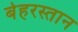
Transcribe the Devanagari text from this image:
बेहरस्तान